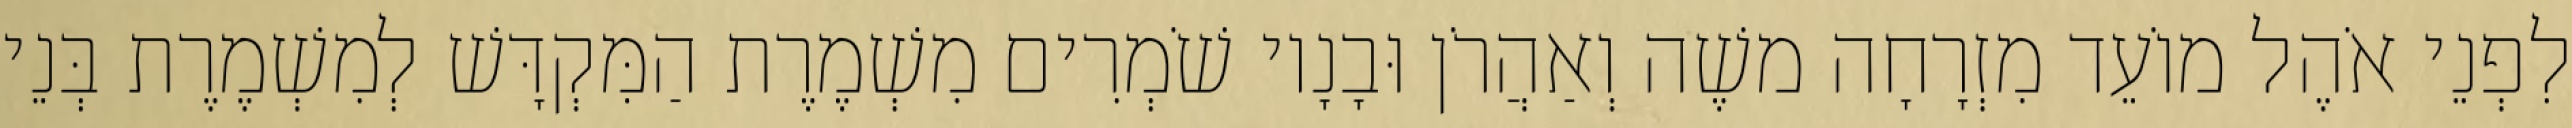
לִפְנֵי אֹהֶל מוֹעֵד מִזְרָחָה משֶׁה וְאַהֲרֹן וּבָנָיו שֹׁמְרִים מִשְׁמֶרֶת הַמִּקְדָּשׁ לְמִשְׁמֶרֶת בְּנֵי